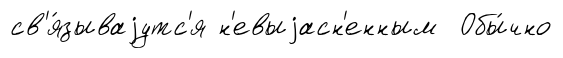
св'я́зываjутс'я н'евыjасн'енным Обы́чно